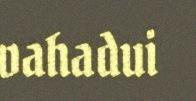
vahadui